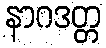
နာဂဒတ္တ